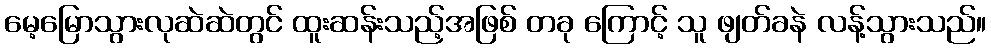
မေ့မြောသွားလုဆဲဆဲတွင် ထူးဆန်းသည့်အဖြစ် တခု ကြောင့် သူ ဖျတ်ခနဲ လန့်သွားသည်။